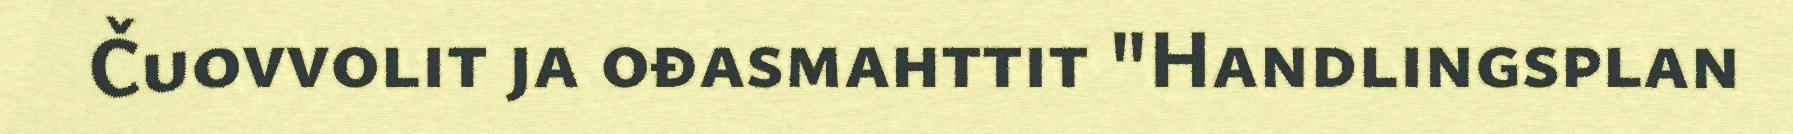
Čuovvolit ja ođasmahttit "Handlingsplan